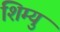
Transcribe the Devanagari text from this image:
शिम्यु